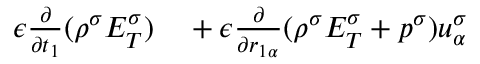
\begin{array} { r } { \begin{array} { r l } { \epsilon \frac { \partial } { \partial t _ { 1 } } ( \rho ^ { \sigma } E _ { T } ^ { \sigma } ) } & { { } + \epsilon \frac { \partial } { \partial r _ { 1 \alpha } } ( \rho ^ { \sigma } E _ { T } ^ { \sigma } + p ^ { \sigma } ) u _ { \alpha } ^ { \sigma } } \end{array} } \end{array}